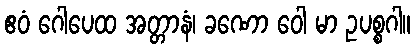
ဧဝံ ဂေါပေထ အတ္တာနံ၊ ခဏော ဝေါ မာ ဥပစ္စဂါ။